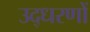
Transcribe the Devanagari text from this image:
उद्‍धरणों